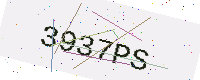
Text: 3937PS